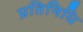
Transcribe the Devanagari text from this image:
प्रतिनिधि